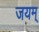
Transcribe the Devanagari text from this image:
जयम्